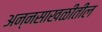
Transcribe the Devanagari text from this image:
अन्नसाखळीतील